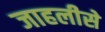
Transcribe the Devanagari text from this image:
जाहलीसे